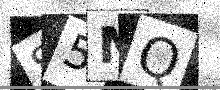
Text: S5MQ